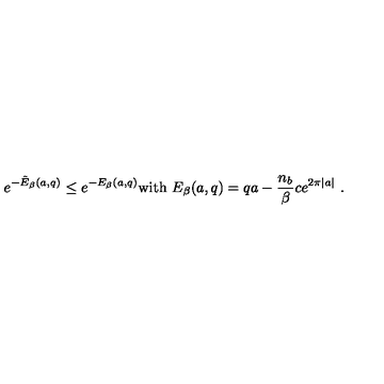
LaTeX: \left. e ^ { - \tilde { E } _ { \beta } ( a , q ) } \leq e ^ { - E _ { \beta } ( a , q ) } \mathrm { w i t h } \ E _ { \beta } ( a , q ) = q a - \frac { n _ { b } } { \beta } c e ^ { 2 \pi | a | } \ . \right.